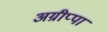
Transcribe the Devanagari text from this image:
अग्रीप्पा